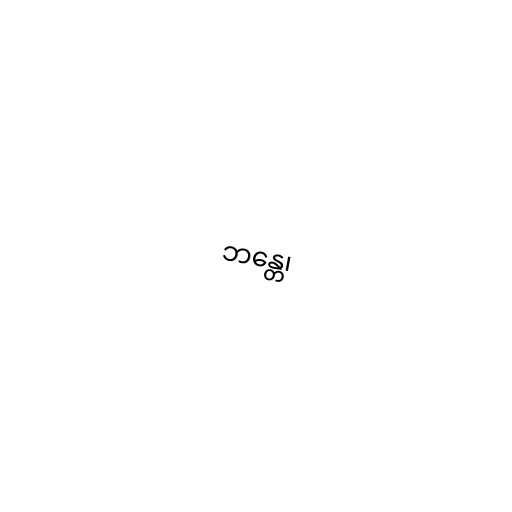
ဘန္တေ၊